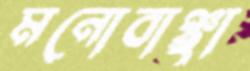
মনোবাঞ্ছা